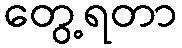
တွေ့ရတာ